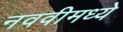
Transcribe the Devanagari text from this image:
नववीमध्ये